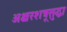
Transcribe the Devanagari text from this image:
अक्षरशत्रूसुद्धा